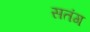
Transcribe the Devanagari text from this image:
सतंग